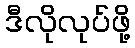
ဒီလိုလုပ်ဖို့